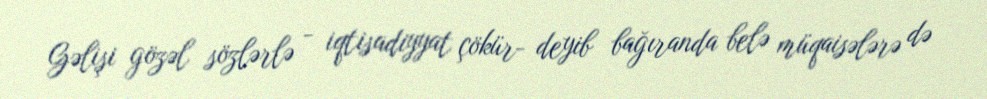
Gəlişi gözəl sözlərlə - iqtisadiyyat çökür- deyib bağıranda belə müqaisələrə də